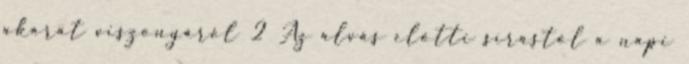
akarat viszonyáról 2 Az alvás előtti sírástól a napi